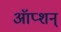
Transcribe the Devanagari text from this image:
ऑप्शन्